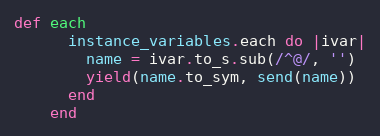
Language: Ruby
def each
      instance_variables.each do |ivar|
        name = ivar.to_s.sub(/^@/, '')
        yield(name.to_sym, send(name))
      end
    end